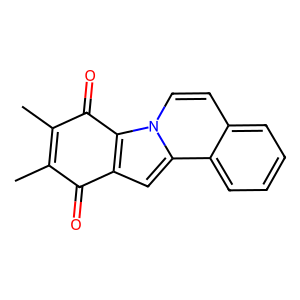
SMILES: CC1=C(C)C(=O)c2c(cc3c4ccccc4ccn23)C1=O
Inhibits HIV replication: No